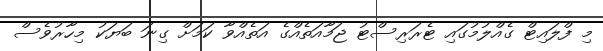
މި ފްލައިޓް ގެއްލުމުގައި ޓެރަރިސްޓު ޖަމާއަތެެއްގެ އަތެއްވާ ކަަމަށް ގިނަ ބަޔަކު މިހާރުވެސް